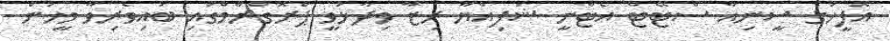
އޮފީހުގެ ސީނިއާ ސްޓޭޓް އެޓާނީ ޝަފިއްޔާ ރިޒާ ވިދާޅުވީ ޕްރޮގްރާމްގައި ބައިވެރިވާ މީހުން